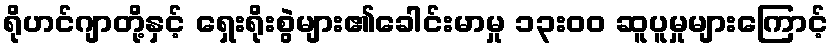
ရိုဟင်ဂျာတို့နှင့် ရှေးရိုးစွဲများ၏ခေါင်းမာမှု ၁၃းဝဝ ဆူပူမှုများကြောင့်